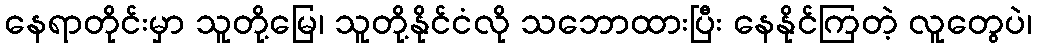
နေရာတိုင်းမှာ သူတို့မြေ၊ သူတို့နိုင်ငံလို သဘောထားပြီး နေနိုင်ကြတဲ့ လူတွေပဲ၊